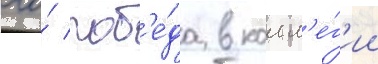
его́ поб'е́да в колл'е́г'ии